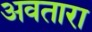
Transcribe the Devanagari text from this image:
अवतारा